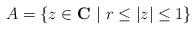
LaTeX: \begin{align*}A = \left\{ z\in {\bf C} \ | \ r\le|z|\le1 \right\}\end{align*}